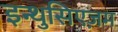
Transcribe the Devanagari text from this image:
इन्थुसिएज़म